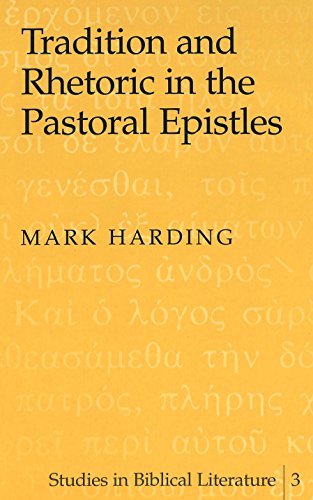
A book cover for Tradition and Rhetoric in the Pastoral Epistles (Studies in Biblical Literature); Mark Harding; Christian Books & Bibles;